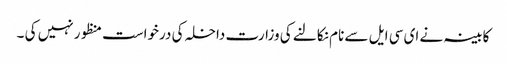
کابینہ نے ای سی ایل سے نام نکالنے کی وزارت داخلہ کی درخواست منظور نہیں کی ۔